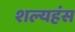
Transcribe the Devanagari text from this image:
शल्यहंस